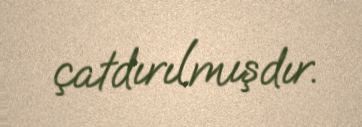
çatdırılmışdır.